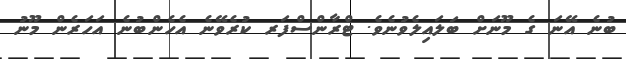
ބުނެ އޭނަ ގެ މޫނަށް ބަލައިލެވުނެވެ. ޓްރާންސްފަރ ކުރެވޭނެ އެހެންބުނެ އަހަރެން މޫނު